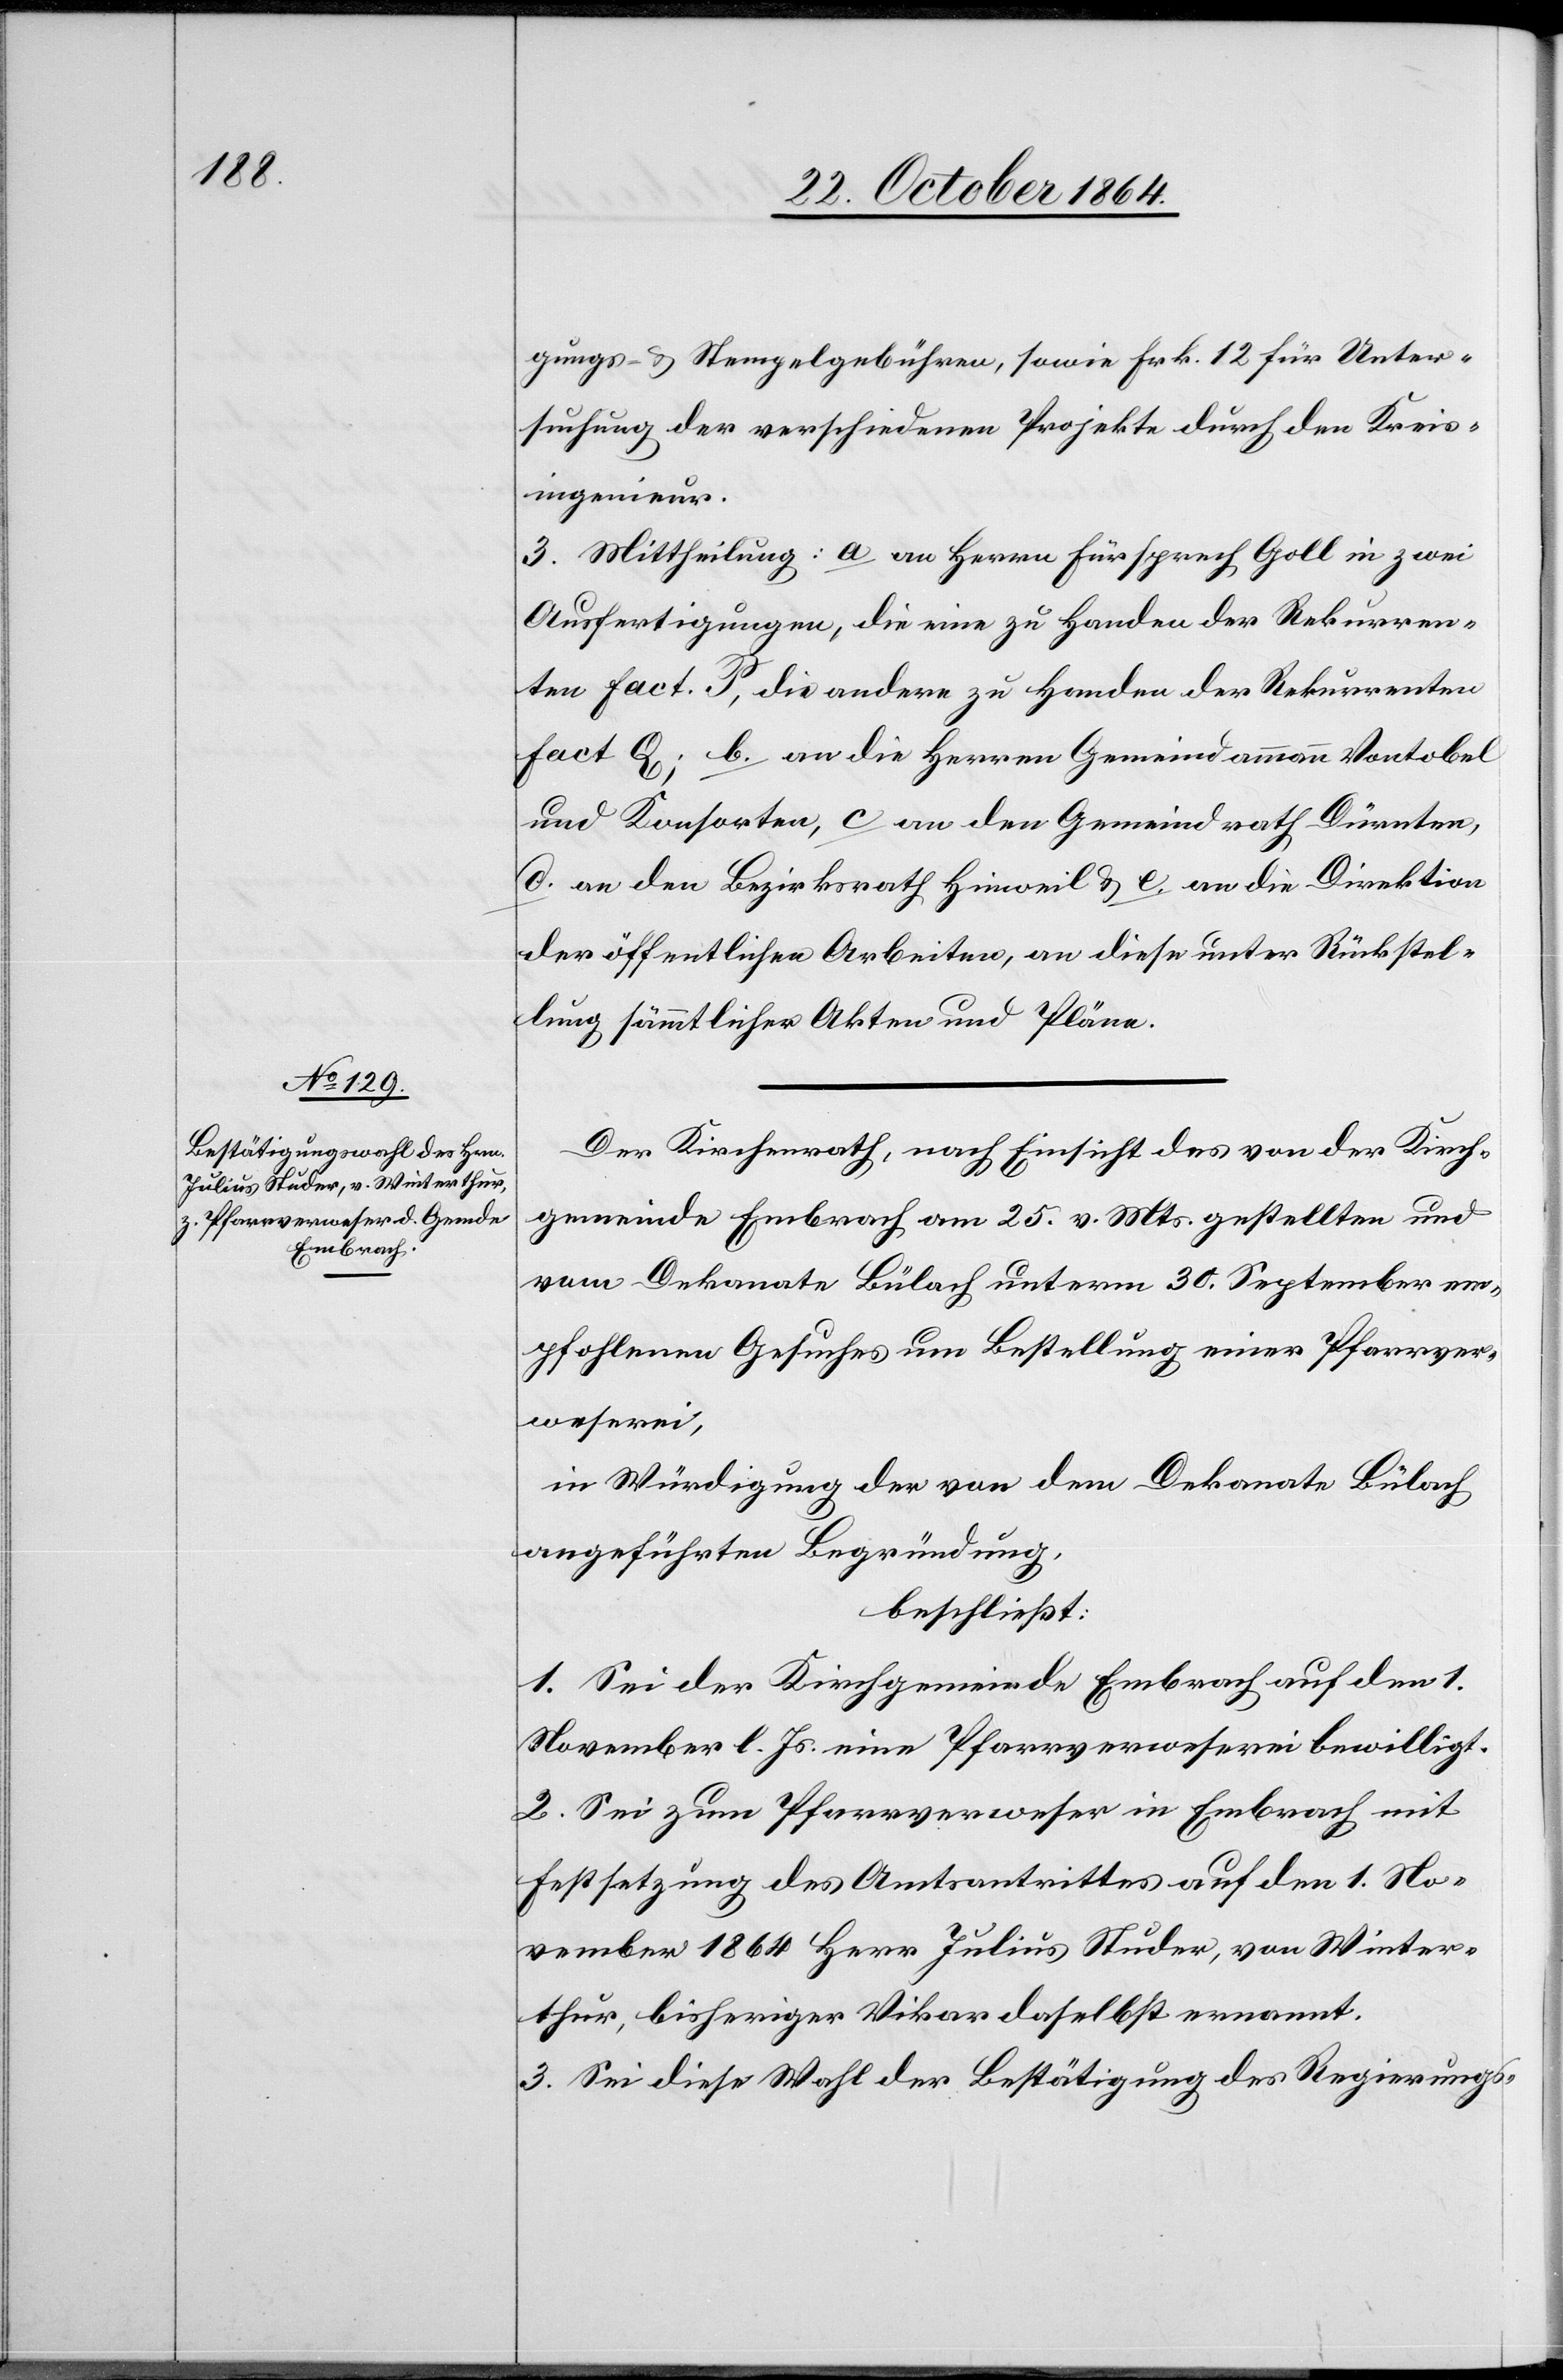
gungs- und Stempelgebühren, sowie Frk. 12 für Unter¬
suchung der verschiedenen Projekte durch den Kreis¬
ingenieur.
3. Mittheilung: a. an Herrn Fürsprech Goll in zwei
Ausfertigungen, die eine zu Handen der Rekurren¬
ten in Fact. P, die andere zu Handen der Rekurrenten
Fact. Q; b. an die Herren Gemeindammann Vontobel
und Konsorten, c. an den Gemeindrath Dürnten,
d. an den Bezirksrath Hinweil & e. an die Direktion
der öffentlichen Arbeiten, an diese unter Rückstel¬
lung sämmtlicher Akten und Pläne.
Der Kirchenrath, nach Einsicht des von der Kirch¬
gemeinde Embrach am 25. v. Mts. gestellten und
vom Dekanate Bülach unterm 30. September em¬
pfohlenen Gesuches um Bestellung einer Pfarrver¬
weserei,
in Würdigung der von dem Dekanate Bülach
angeführten Begründung,
beschließt:
1. Sei der Kirchgemeinde Embrach auf den 1.
November l. Js. eine Pfarrverweserei bewilligt.
2. Sei zum Pfarrverweser in Embrach mit
Festsetzung des Amtsantrittes auf den 1. No¬
vember 1864 Herr Julius Studer, v. Winter¬
thur, bisheriger Vikar daselbst ernannt.
3. Sei diese Wahl der Bestätigung des Regierugns-